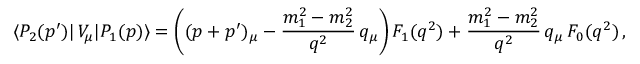
\langle P _ { 2 } ( p ^ { \prime } ) | \, V _ { \mu } | P _ { 1 } ( p ) \rangle = \left( ( p + p ^ { \prime } ) _ { \mu } - { \frac { m _ { 1 } ^ { 2 } - m _ { 2 } ^ { 2 } } { q ^ { 2 } } } \, q _ { \mu } \right) F _ { 1 } ( q ^ { 2 } ) + { \frac { m _ { 1 } ^ { 2 } - m _ { 2 } ^ { 2 } } { q ^ { 2 } } } \, q _ { \mu } \, F _ { 0 } ( q ^ { 2 } ) \, ,